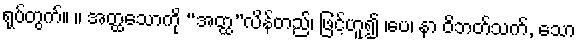
ရုပ်တွက်။ ။ အတ္ထသောကို “အတ္ထ”လိန်တည်၊ ဖြင့်ဟူ၍ ၊ပေ၊ နာ ဝိဘတ်သက်, သော